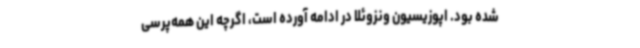
شده بود. اپوزیسیون ونزوئلا در ادامه آورده است،‌ اگرچه این همه‌پرسی